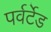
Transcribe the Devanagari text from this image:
पर्वर्टेड